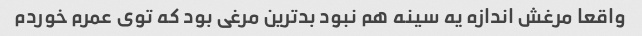
واقعا مرغش اندازه یه سینه هم نبود بدترین مرغی بود که توی عمرم خوردم